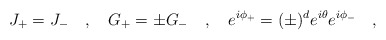
\begin{align*}J_+ = J_-\quad,\quad G_+ = \pm G_-\quad,\quad e^{i\phi_+} = (\pm)^de^{i\theta} e^{i\phi_-}\quad,\end{align*}